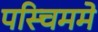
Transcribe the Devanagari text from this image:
पस्चिममे